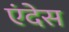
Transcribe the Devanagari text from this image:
एंदेस